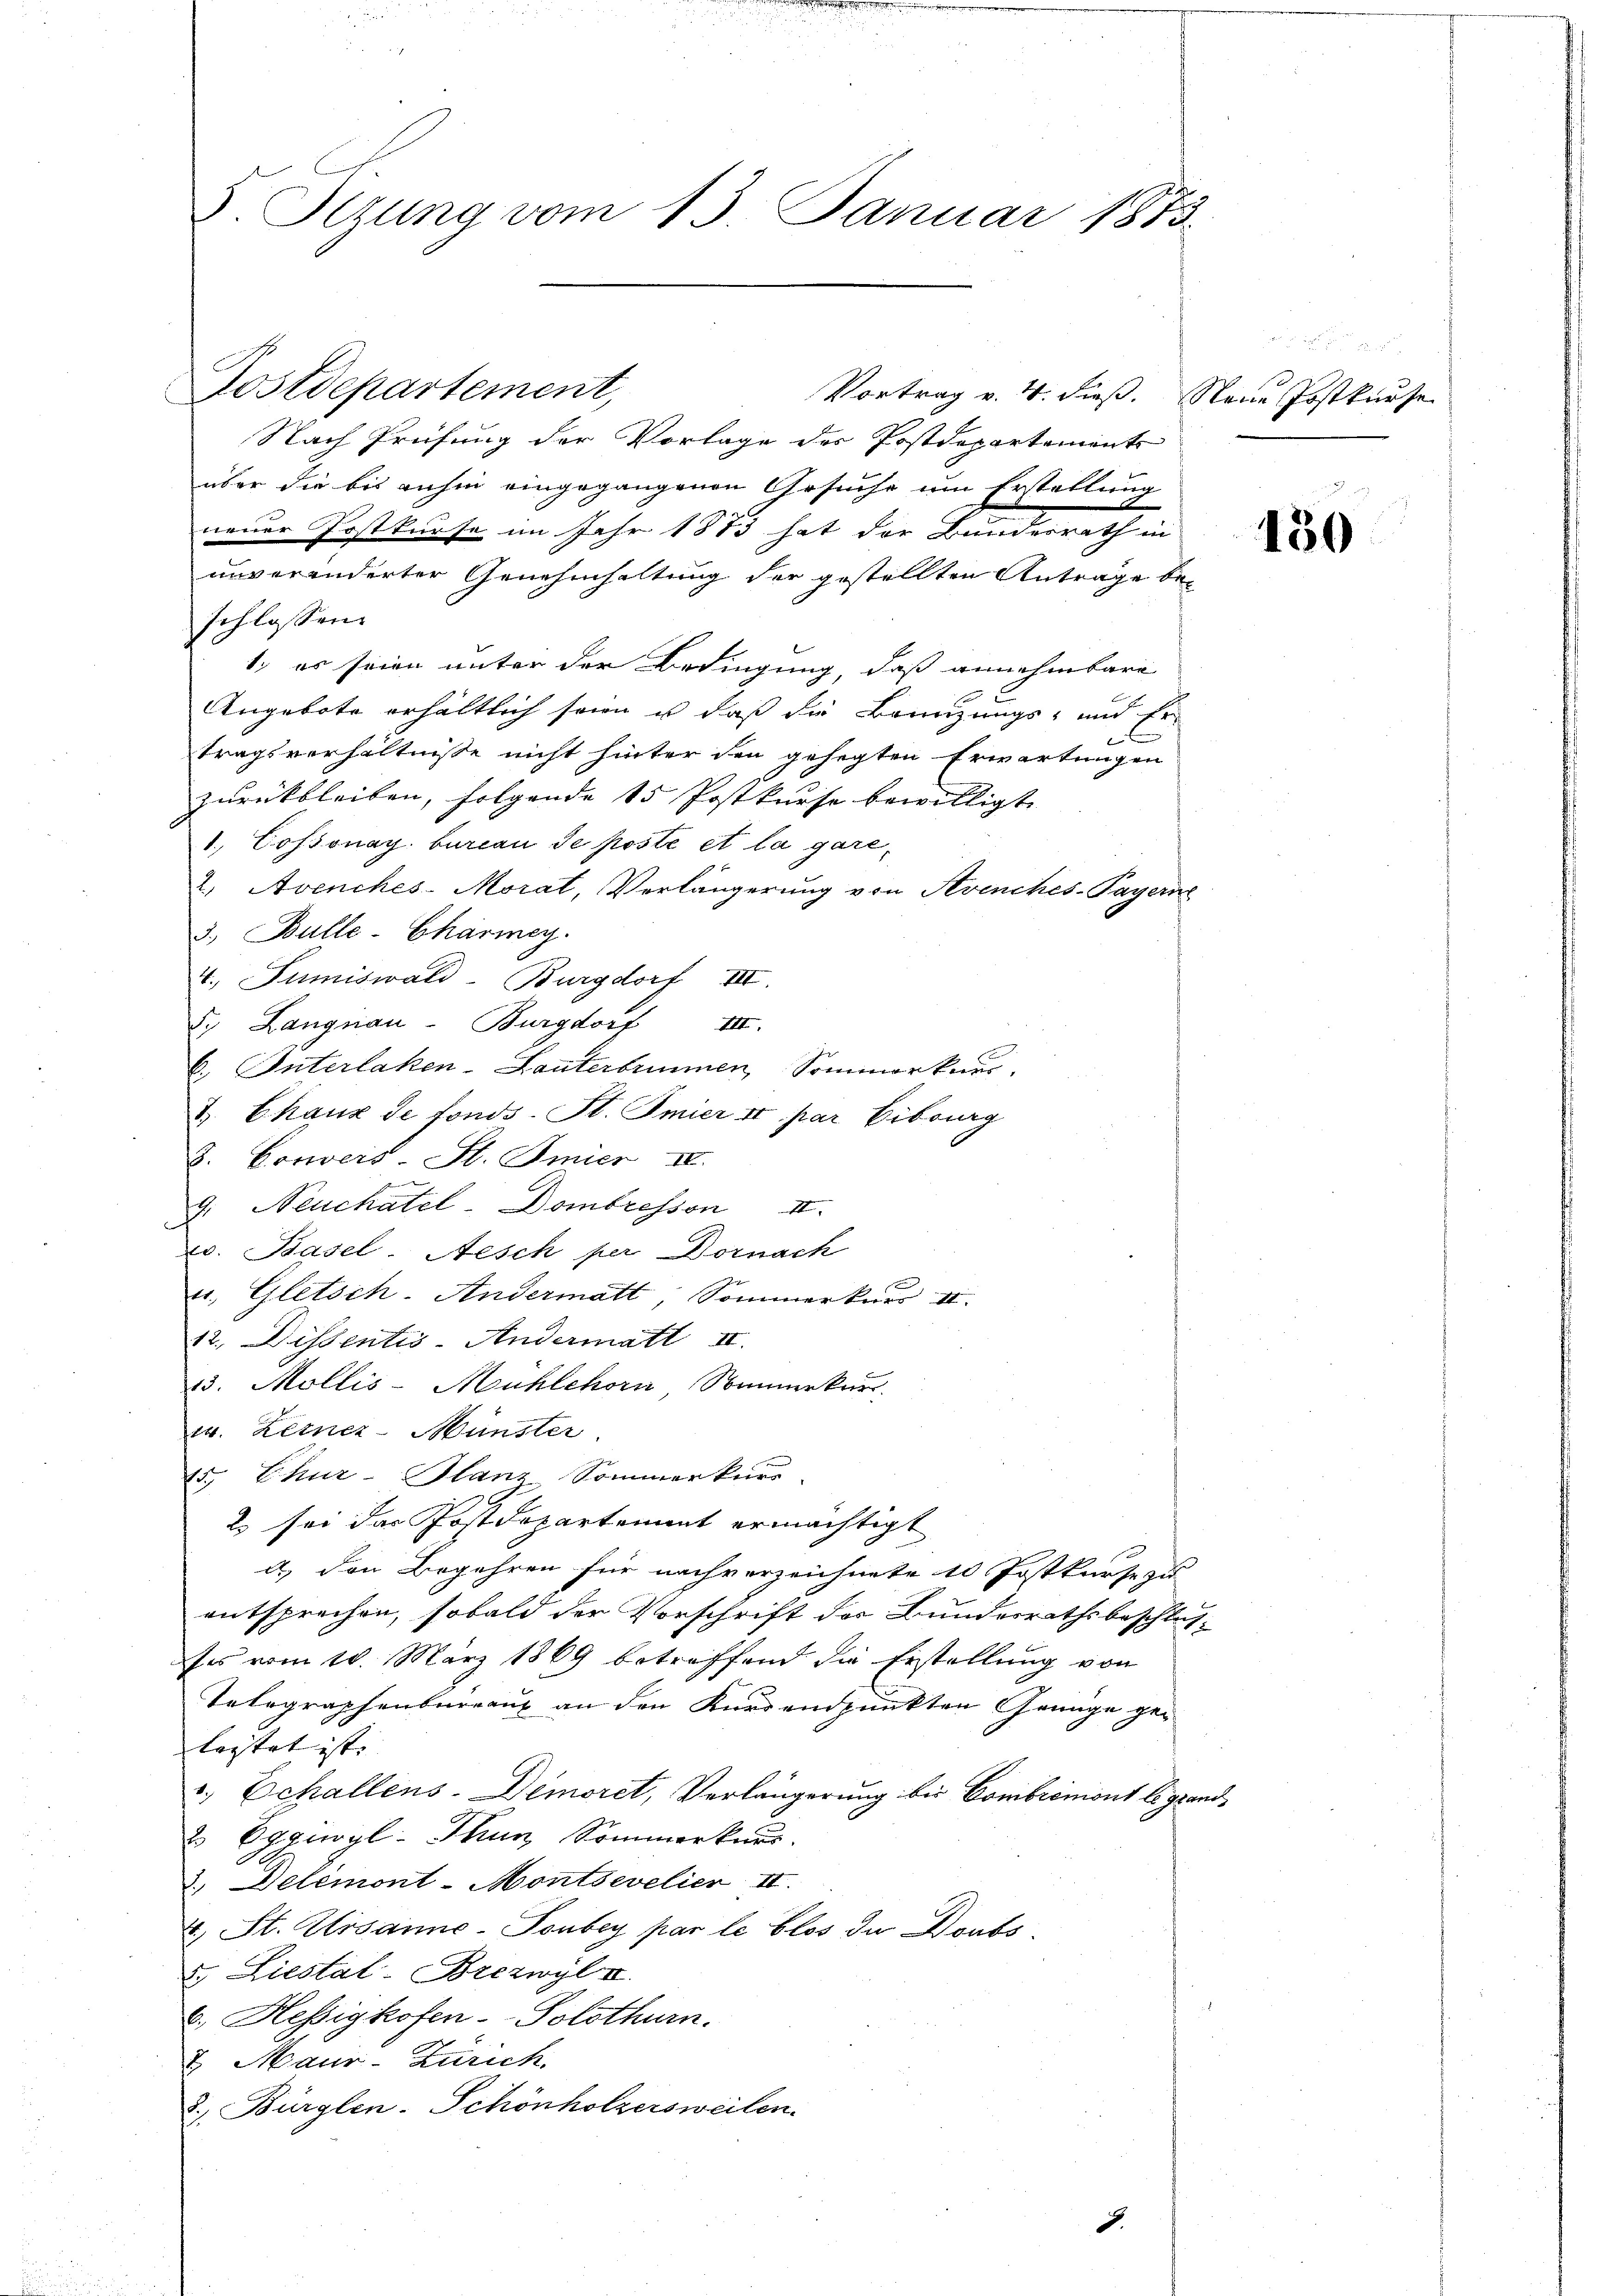
V. Sizung vom 13. Januar 1873.

Postdepartement,

Nach Prüfung der Vorlage der Postdepartements
über die bis anhin eingegangenen Gesuche um Erstellung
neuer Postkurse im Jahr 1873 hat der Bundesrath in
unveränderter Genehmhaltung der gestellten Anträge beschlossen:
1. es seien unter der Bedingung, daß annehmbare
Angebote erhältlich seien u daß die Baurizungs- und Er
x
tragsverhältnisse nicht hinter den gehegten Erwartungen
zurückbleiben, folgende 15 Postkurse bewilligt.
1. Cossonay. bureau de posté et la gare¬
2. Avenches-Morat, Verlängerung von Avenches-Payerne
3. Bulle-Chärmey.
4. Tumiswald-Burgdorf III.
5. Langnau-Burgdorf III.
b. Interlaken-Lauterbrunnen Sommerkurs
3. Chaux de fonds. St. Imier II par Eibourg
3. Corweis, St. Inner II.
9, Neuchatel-Dombresson II.
v. Basel-Aesch per Dornach
u. Gletsch-Andermatt, Sommerkurs II
12., Dissentis-Andermatt III.
13. Mollis-Mühlehorn Saumerkurs
14. Keinez-Münster
15. Chur-Glanz Sommerkurs
2 sei das Postdepartement ermächtigt
d) den Begehren für nachverzeichnete 10 Jostkurse zu
entsprechen, sobald der Vorschrift der Bundesrathsbeschlusses vom 10. März 1869 betreffend die Erstellung von
Telegraphenbureaux an den Kurdandpunkten Genüge gelastet ist. |
v. Echallens-Demoret, Verlängerung bis Combremons le grand¬
& Eggwyl- Thun Sommerkurs.
2.) Delémont-Montsevelier II.
4.) St. Ursanne-Tonbey par le blos in Doubs
2. Liestal-Brezwyl II.
. Hessigkofen-Solothurn.
7. Maur-Zürich
2) Bürglen-Schönholzersweilen.
.

Vortrag v. 4. dieß. Neue Postkurse

150